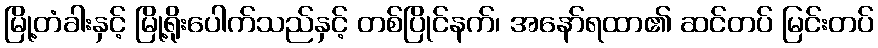
မြို့တံခါးနှင့် မြို့ရိုးပေါက်သည်နှင့် တစ်ပြိုင်နက်၊ အနော်ရထာ၏ ဆင်တပ် မြင်းတပ်